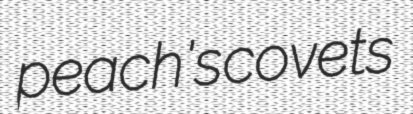
peach's covets